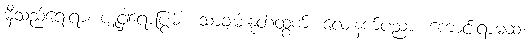
မှီသည်ရေးရာ၊ ပျူငှါရောပြွမ်း၊ သာချမ်းနုတ်ထွက်၊ လေးနက်ပညာ၊ ကောင်းရာမဆံ၊